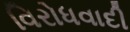
વિરોધવાદી